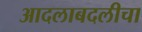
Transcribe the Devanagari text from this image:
आदलाबदलीचा